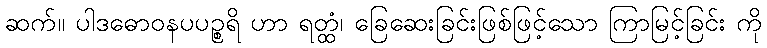
ဆက်။ ပါဒဓောဝနပပဉ္စရိ ဟာ ရတ္ထံ၊ ခြေဆေးခြင်းဖြစ်ဖြင့်သော ကြာမြင့်ခြင်း ကို